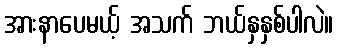
အားနာပေမယ့် အသက် ဘယ်နှနှစ်ပါလဲ။